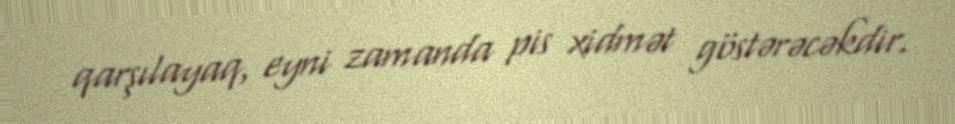
qarşılayaq, eyni zamanda pis xidmət göstərəcəkdir.